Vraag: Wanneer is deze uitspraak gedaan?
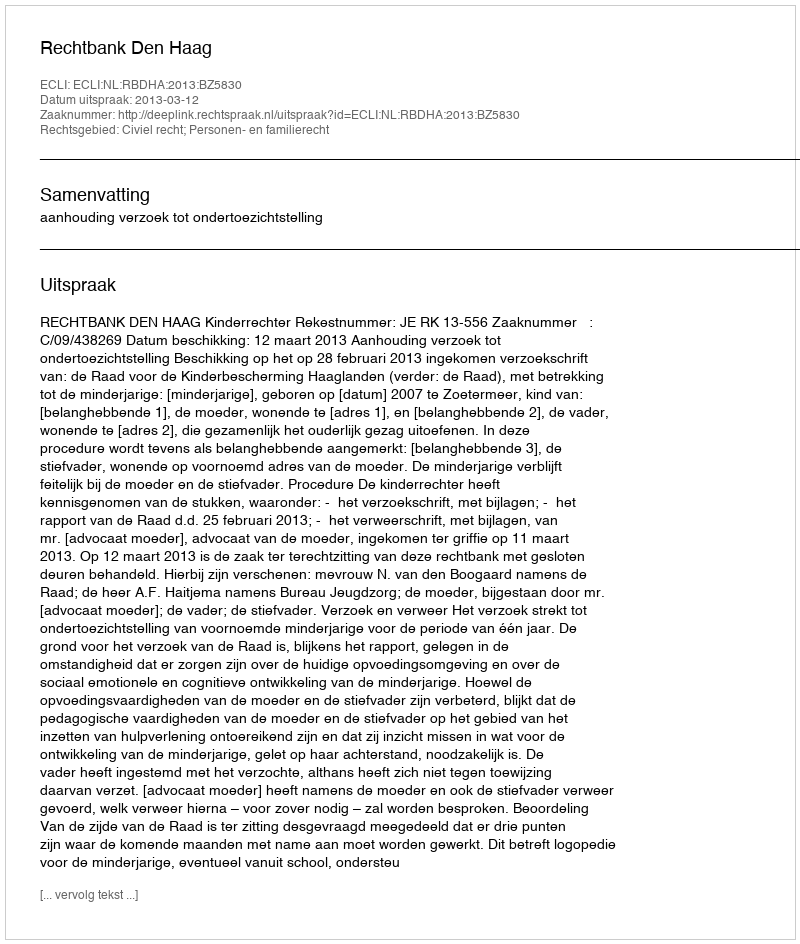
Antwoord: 2013-03-12